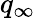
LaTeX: q_{\infty}